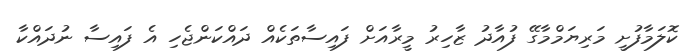
ކޮލަމާފުށީ މަރިޔަމްމާގޭ ފުއާދު ޒާހިރު މީރާއަށް ފައިސާތަކެއް ދައްކަންޖެހި އެ ފައިސާ ނުދައްކާ